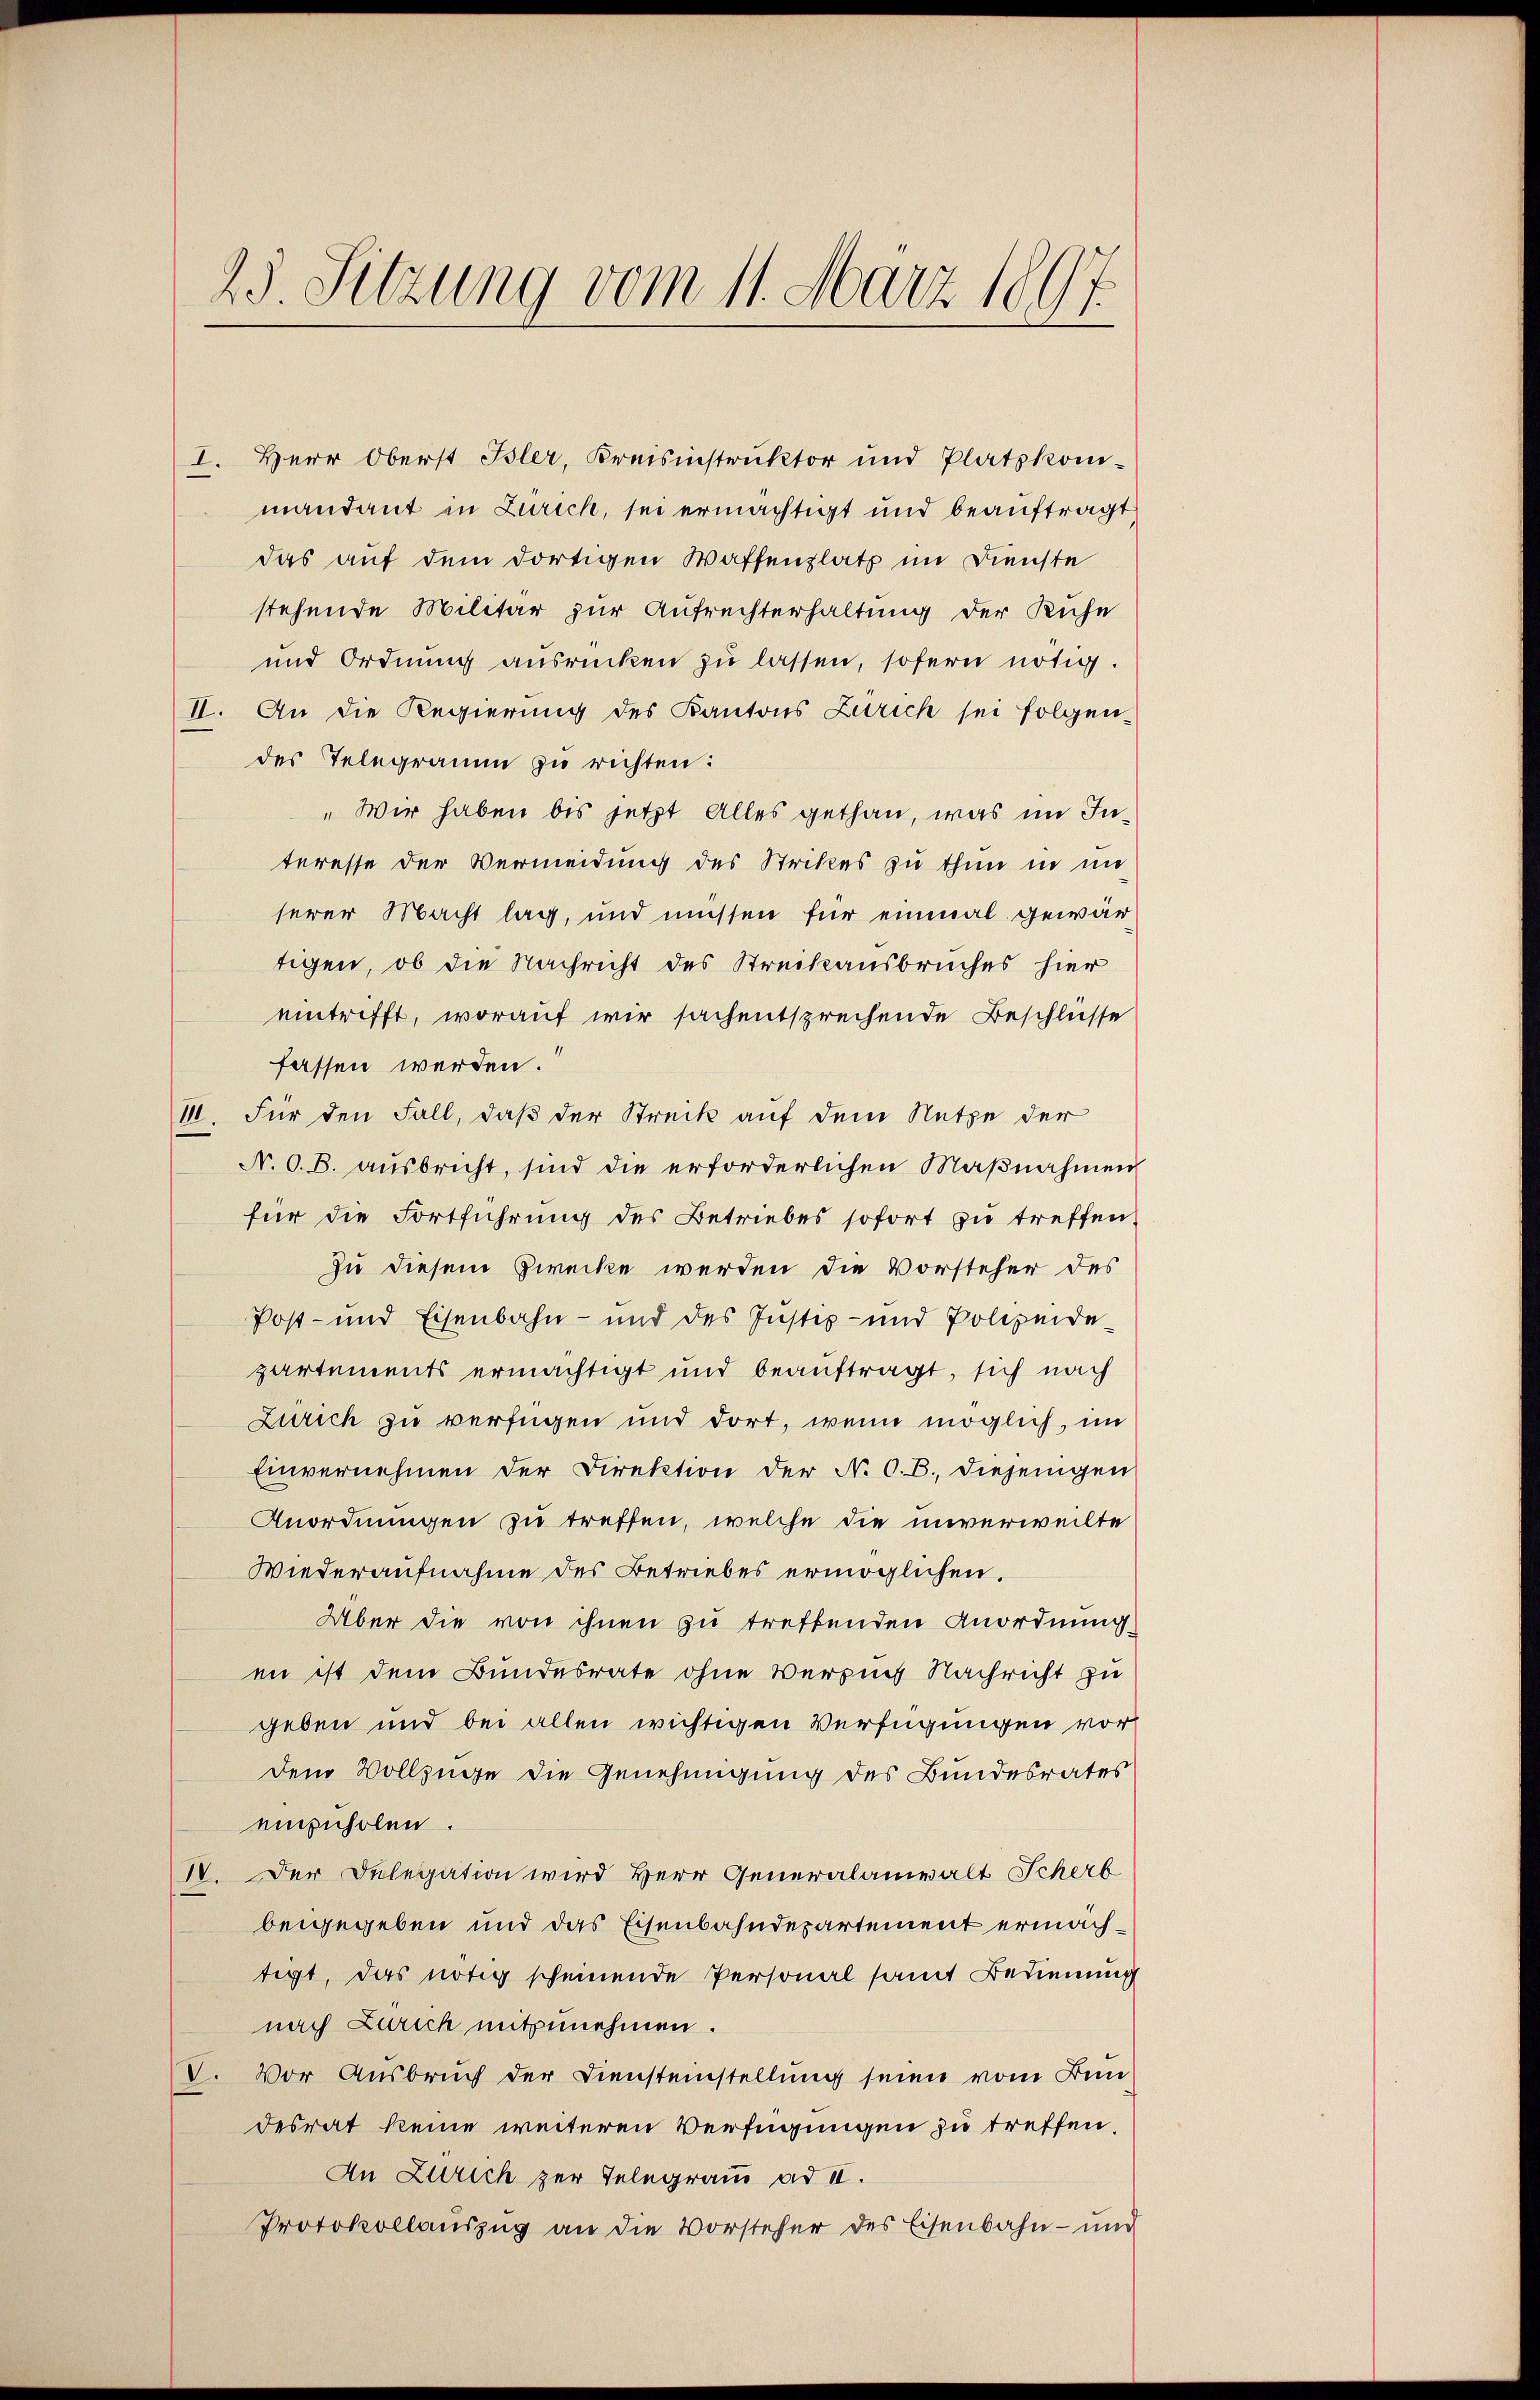
17
23. Sitzung vom 11. März 186

mandant in Zürich, sei ermächtigt und beauftragt,
das auf dem dortigen Waffenplatz im Dienste
stehende Militär zur Aufrechterhaltung der Kühe
und Ordnung ausrücken zŭ lassen, sofern nötig.
II. An die Regierung des Kantons Zürich sei folgen-
des Telegramm zu richten:
„Wir haben bis jetzt Alles gethan, was im Interesse der Vermeidung des Strikes zu thun in un
serer Macht lag, und müssen für einmal gewärtigen, ob die Nachricht des Streckausbruches hier
eintrifft, worauf wir sachentsprechende Beschlüsse
fassen werden.
III. Für den Fall, daß der Streik auf dem Nutze der
N. O. B. ausbricht, sind die erforderlichen Maßnahmen
für die Fortführung des Betriebes sofort zu treffen
zu diesem Zwecke werden die Vorsteher des
Post- und Eisenbahn- und des Justiz- und Polizeide-
partements ermächtigt und beauftragt, sich nach
Zürich zu verfügen und dort, wenn möglich, im
Einvernehmen der Direktion der N. O. B., diejenigen
Anordnungen zu treffen, welche die unverweilte
Wiederaufnahme des Betriebes ermöglichen.
Über die von ihnen zu treffenden Anordnung
en ist dem Bundesrate ohne Versuch Nachricht zu
geben und bei allen wichtigen Verfügungen vor
dem Vollzüge die Genehmigung des Bundesrates
einzuholen.
IV. Der Delegation wird Herr Generalanwalt Scherb
beigegeben und das Eisenbahndepartement ermächtigt, das nötig scheinende Personal samt Bedienung
nach Zürich mitzunehmen.
V. Vor Ausbruch der Diensteinstellung seien vom Bun
desrat keine weiteren Verfügungen zu treffen.
An Zürich zur Telegramm ad II.
Protokollauszug an die Vorsteher des Eisenbahn- und

I. Herr Oberst Isler, Kreisinstruktor und Platzkom-